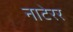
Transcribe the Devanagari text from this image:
नाटेरर